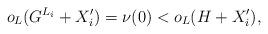
LaTeX: \begin{align*}o_L(G^{L_i}+X_i')=\nu(0) < o_L(H+X_i'),\end{align*}